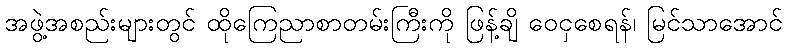
အဖွဲ့အစည်းများတွင် ထိုကြေညာစာတမ်းကြီးကို ဖြန့်ချိ ဝေငှစေရန်၊ မြင်သာအောင်